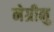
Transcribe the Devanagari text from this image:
नेग्रीनु